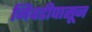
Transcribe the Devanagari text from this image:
निवडीपासून